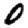
Digit: 0